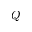
Q